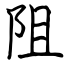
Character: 阻